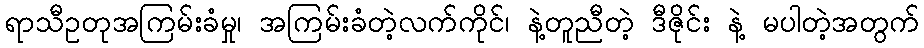
ရာသီဥတုအကြမ်းခံမှု၊ အကြမ်းခံတဲ့လက်ကိုင်၊ နဲ့တူညီတဲ့ ဒီဇိုင်း နဲ့ မပါတဲ့အတွက်